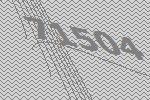
71504